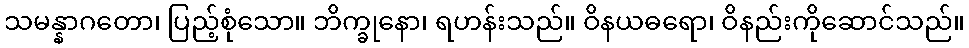
သမန္နာဂတော၊ ပြည့်စုံသော။ ဘိက္ခုနော၊ ရဟန်းသည်။ ဝိနယဓရော၊ ဝိနည်းကိုဆောင်သည်။